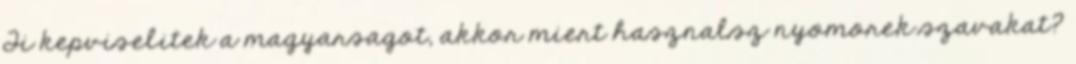
Ti kepviselitek a magyarsagot, akkor miert hasznalsz nyomorek szavakat?